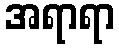
အရာရာ